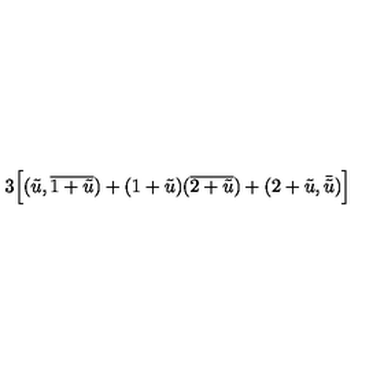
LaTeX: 3 \Bigl [ ( \tilde { u } , \overline { { 1 + \tilde { u } } } ) + ( 1 + \tilde { u } ) ( \overline { { 2 + \tilde { u } } } ) + ( 2 + \tilde { u } , \bar { \tilde { u } } ) \Bigr ]